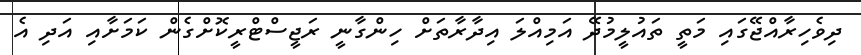
ދިވެހިރާއްޖޭގައި މަތީ ތައުލީމުދޭ އަމިއްލަ އިދާރާތަށް ހިންގާނީ ރަޖީސްޓްރީކޮށްގެން ކަމަށާއި އަދި އެ